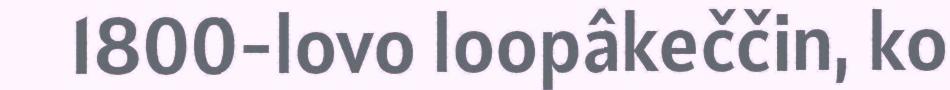
1800-lovo loopâkeččin, ko